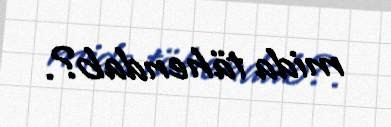
mida tähendab?.